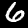
Digit: 6